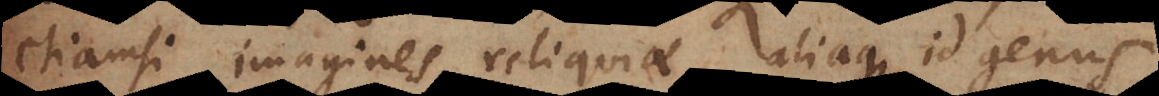
etiamsi imagines, reliquiae aliaque id genus